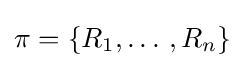
\pi =\{R_{1},\dotso ,R_{n}\}